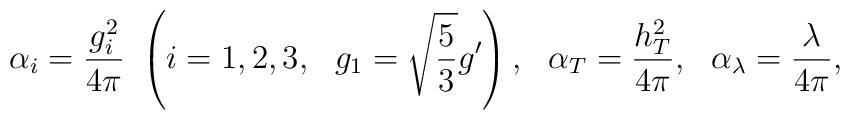
\alpha_{i}=\frac{g_{i}^{2}}{4\pi}~\left(i=1,2,3,~~g_{1}=\sqrt{\frac{5}{3}}g'\right),~~\alpha_{T}=\frac{h_{T}^{2}}{4\pi},~~\alpha_{\lambda}=\frac{\lambda}{4\pi},